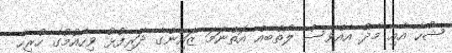
ޝުހާ އާއި މެދު އެއްވެސް ލޯތްބެއް އޮތްނަމަ ޒައިންގެ ދަރިފުޅު ވިހެއުމުގެ ހުރިހާ